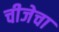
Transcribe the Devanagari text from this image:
चीजेचा